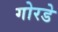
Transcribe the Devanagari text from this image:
गोरडे